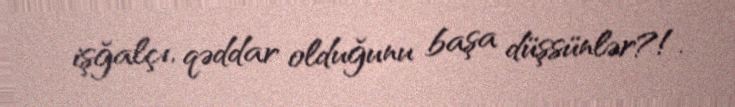
işğalçı, qəddar olduğunu başa düşsünlər?!.